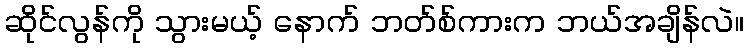
ဆိုင်လွန်ကို သွားမယ့် နောက် ဘတ်စ်ကားက ဘယ်အချိန်လဲ။